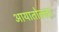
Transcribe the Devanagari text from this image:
आयातोल्ला